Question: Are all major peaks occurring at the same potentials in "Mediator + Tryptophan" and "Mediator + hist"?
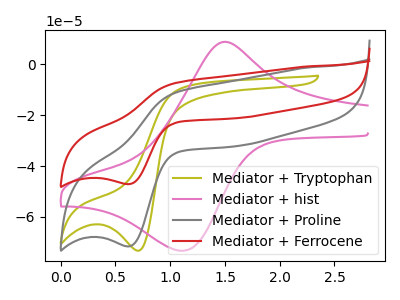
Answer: <think>The olive curve "Mediator + Tryptophan" has a cathodic peak at: (0.70V, -73.35uA). The pink curve "Mediator + hist" has an anodic peak at (1.45V, 8.65uA) and a cathodic peak at (1.10V, -73.35uA). The gray curve "Mediator + Proline" has an anodic peak at (1.05V, -11.20uA) and a cathodic peak at (0.65V, -71.60uA). The red curve "Mediator + Ferrocene" has an anodic peak at (1.05V, -7.35uA) and a cathodic peak at (0.65V, -47.10uA).</think>
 <answer>No, "Mediator + Tryptophan" and "Mediator + hist" have a different number of peaks.</answer>
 <eval>different_amount</eval>